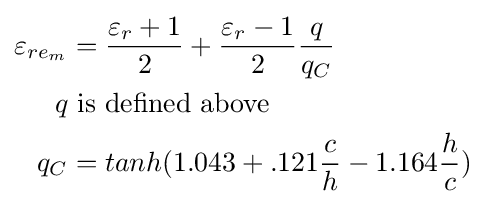
{\begin{aligned}\varepsilon _{re_{m}}&={\frac {\varepsilon _{r}+1}{2}}+{\frac {\varepsilon _{r}-1}{2}}{\frac {q}{q_{C}}}\\q&{\text{ is defined above}}\\q_{C}&=tanh(1.043+.121{\frac {c}{h}}-1.164{\frac {h}{c}})\\\end{aligned}}